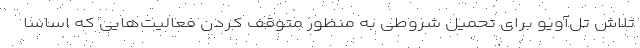
تلاش تل‌آویو برای تحمیل شروطی به منظور متوقف کردن فعالیت‌هایی که اساسا